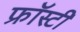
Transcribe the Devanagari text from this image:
फ्रॉस्टी